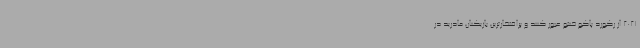
2021 از رکورد پاکو خنتو عبور کنند و پرافتخارترین بازیکنان مادرید در